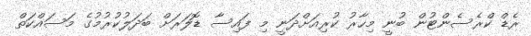
ރެޑް ކްރެސެންޓުން ބުނީ މިހާރު ކުރިއަށްދަނީ މި ފައިސާ ޑޮލަރަށް ބަދަލުކުރުމުގެ މަސައްކަތް